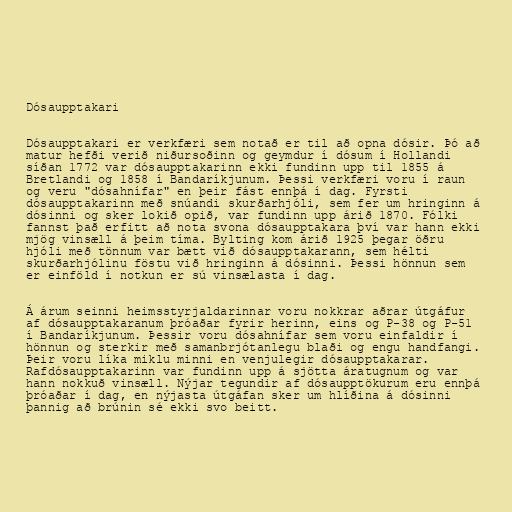
Dósaupptakari

Dósaupptakari er verkfæri sem notað er til að opna dósir. Þó að
matur hefði verið niðursoðinn og geymdur í dósum í Hollandi
síðan 1772 var dósaupptakarinn ekki fundinn upp til 1855 á
Bretlandi og 1858 í Bandaríkjunum. Þessi verkfæri voru í raun
og veru "dósahnífar" en þeir fást ennþá í dag. Fyrsti
dósaupptakarinn með snúandi skurðarhjóli, sem fer um hringinn á
dósinni og sker lokið opið, var fundinn upp árið 1870. Fólki
fannst það erfitt að nota svona dósaupptakara því var hann ekki
mjög vinsæll á þeim tíma. Bylting kom árið 1925 þegar öðru
hjóli með tönnum var bætt við dósaupptakarann, sem hélti
skurðarhjólinu föstu við hringinn á dósinni. Þessi hönnun sem
er einföld í notkun er sú vinsælasta í dag.

Á árum seinni heimsstyrjaldarinnar voru nokkrar aðrar útgáfur
af dósaupptakaranum þróaðar fyrir herinn, eins og P-38 og P-51
í Bandaríkjunum. Þessir voru dósahnífar sem voru einfaldir í
hönnun og sterkir með samanbrjótanlegu blaði og engu handfangi.
Þeir voru líka miklu minni en venjulegir dósaupptakarar.
Rafdósaupptakarinn var fundinn upp á sjötta áratugnum og var
hann nokkuð vinsæll. Nýjar tegundir af dósaupptökurum eru ennþá
þróaðar í dag, en nýjasta útgáfan sker um hlíðina á dósinni
þannig að brúnin sé ekki svo beitt.